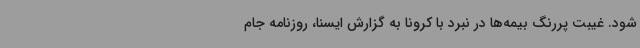
شود. غیبت پررنگ بیمه‌ها در نبرد با کرونا به گزارش ایسنا، روزنامه جام